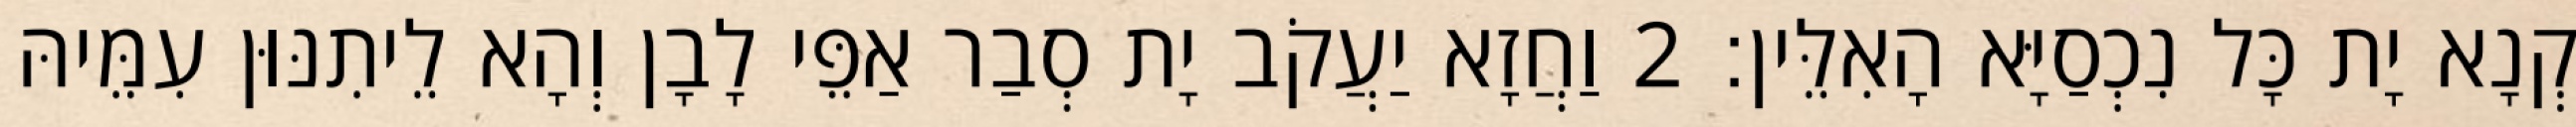
קְנָא יָת כָּל נִכְסַיָּא הָאִלֵּין׃ 2 וַחֲזָא יַעֲקֹב יָת סְבַר אַפֵּי לָבָן וְהָא לֵיתִנּוּן עִמֵּיהּ